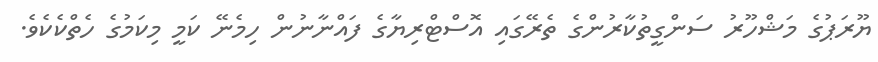
ޔޫރަޕުގެ މަޝްހޫރު ސަންގީތުކާރުންގެ ތެރޭގައި އޮސްޓްރިޔާގެ ފައްނާނުން ހިމެނޭ ކަމީ މިކަމުގެ ހެތްކެކެވެ.